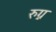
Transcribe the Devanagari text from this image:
रुग्न